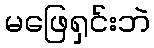
မဖြေရှင်းဘဲ